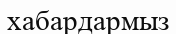
хабардармыз